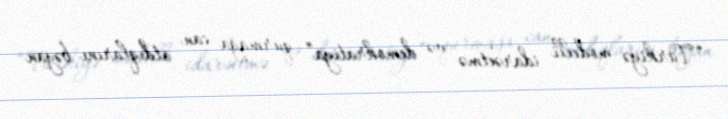
“Türkiyə modelli idarəetmə və demokratiya” qurmağa can atdıqlarını bəyan